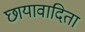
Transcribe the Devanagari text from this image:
छायावादिता